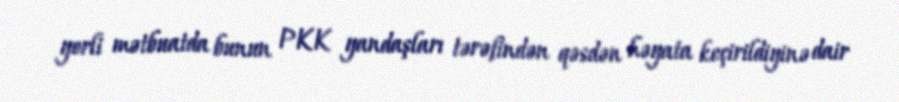
yerli mətbuatda bunun PKK yandaşları tərəfindən qəsdən həyata keçirildiyinə dair